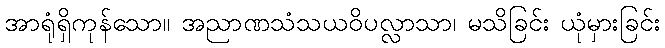
အာရုံရှိကုန်သော။ အညာဏသံသယဝိပလ္လာသာ၊ မသိခြင်း ယုံမှားခြင်း